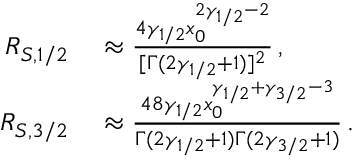
\begin{array} { r l } { R _ { S , 1 / 2 } } & { { } \approx \frac { 4 \gamma _ { 1 / 2 } x _ { 0 } ^ { 2 \gamma _ { 1 / 2 } - 2 } } { [ \Gamma ( 2 \gamma _ { 1 / 2 } + 1 ) ] ^ { 2 } } \, , } \\ { R _ { S , 3 / 2 } } & { { } \approx \frac { 4 8 \gamma _ { 1 / 2 } x _ { 0 } ^ { \gamma _ { 1 / 2 } + \gamma _ { 3 / 2 } - 3 } } { \Gamma ( 2 \gamma _ { 1 / 2 } + 1 ) \Gamma ( 2 \gamma _ { 3 / 2 } + 1 ) } \, . } \end{array}